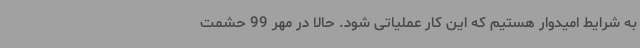
به شرایط امیدوار هستیم که این کار عملیاتی شود. حالا در مهر 99 حشمت